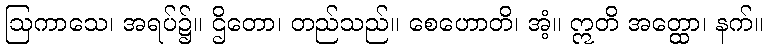
ဩကာသေ၊ အရပ်၌။ ဌိတော၊ တည်သည်။ စေဟောတိ၊ အံ့။ ဣတိ အတ္ထော၊ နက်။